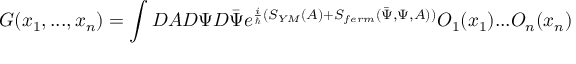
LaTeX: G ( x _ { 1 } , . . . , x _ { n } ) = \int D A D \Psi D \bar { \Psi } e ^ { \frac { i } { \hbar } ( S _ { Y M } ( A ) + S _ { f e r m } ( \bar { \Psi } , \Psi , A ) ) } { \cal O } _ { 1 } ( x _ { 1 } ) . . . { \cal O } _ { n } ( x _ { n } )